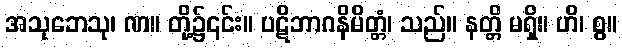
အသုဘေသု၊ ဏ။ တို့၌၎င်း။ ပဋိဘာဂနိမိတ္တံ၊ သည်။ နတ္တိ မရှိ။ ဟိ၊ စွ။